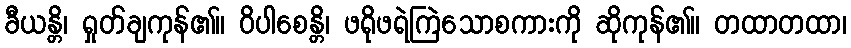
ခီယန္တိ၊ ရှုတ်ချကုန်၏။ ဝိပါစေန္တိ၊ ဖရိုဖရဲကြဲသောစကားကို ဆိုကုန်၏။ တထာတထာ၊